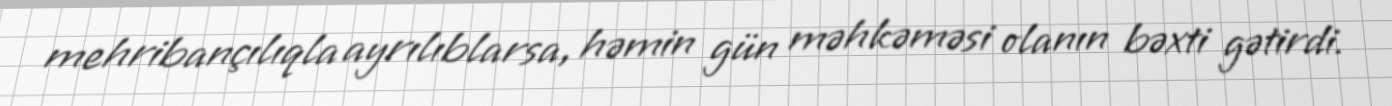
mehribançılıqla ayrılıblarsa, həmin gün məhkəməsi olanın bəxti gətirdi.